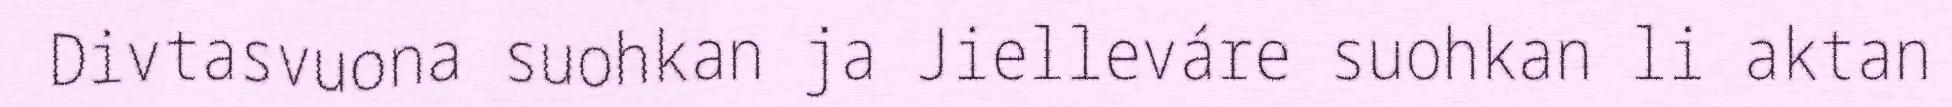
Divtasvuona suohkan ja Jielleváre suohkan li aktan